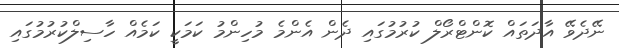
ނޭދެވޭ އާދަތައް ކޮންޓްރޯލް ކުރުމުގައި ދެން އެންމެ މުހިންމު ކަމަކީ ކަމެއް ހާސިލްކުރުމުގައި